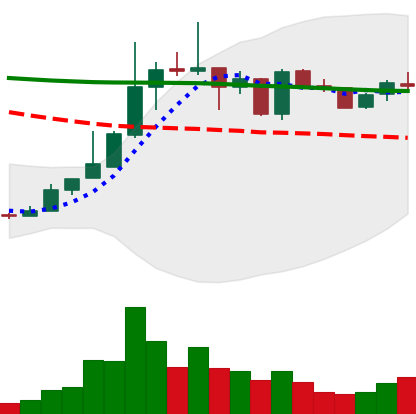
Ticker: TRX-USD
Chart end date: 2019-01-03
Forward return: 31.103%
Label: up_7plus